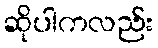
ဆိုပါကလည်း